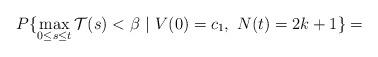
LaTeX: \begin{align*}P\{\max_{0\le s\le t}\mathcal{T}(s)< \beta\ |\ V(0) = c_1,\ N(t) = 2k+1\} = \end{align*}